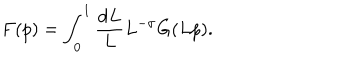
F ( p ) = \int _ { 0 } ^ { 1 } \frac { \mathrm { d } L } L L ^ { - \sigma } G ( L p ) .